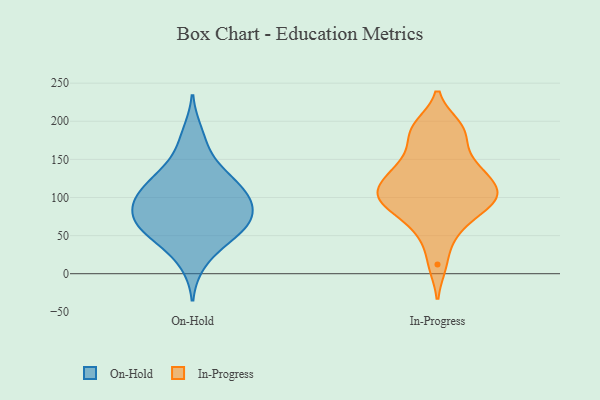
{"axis": {"x": "Satisfaction Score", "y": "Value"}, "legend": ["In-Progress", "On-Hold"], "data": [{"x": "", "y": 131, "type": "On-Hold"}, {"x": "", "y": 85, "type": "On-Hold"}, {"x": "", "y": 185, "type": "On-Hold"}, {"x": "", "y": 110, "type": "On-Hold"}, {"x": "", "y": 55, "type": "On-Hold"}, {"x": "", "y": 62, "type": "On-Hold"}, {"x": "", "y": 14, "type": "On-Hold"}, {"x": "", "y": 110, "type": "On-Hold"}, {"x": "", "y": 160, "type": "On-Hold"}, {"x": "", "y": 94, "type": "On-Hold"}, {"x": "", "y": 60, "type": "On-Hold"}, {"x": "", "y": 38, "type": "On-Hold"}, {"x": "", "y": 64, "type": "On-Hold"}, {"x": "", "y": 127, "type": "On-Hold"}, {"x": "", "y": 119, "type": "On-Hold"}, {"x": "", "y": 85, "type": "On-Hold"}, {"x": "", "y": 56, "type": "On-Hold"}, {"x": "", "y": 85, "type": "On-Hold"}, {"x": "", "y": 92, "type": "On-Hold"}, {"x": "", "y": 165, "type": "In-Progress"}, {"x": "", "y": 183, "type": "In-Progress"}, {"x": "", "y": 134, "type": "In-Progress"}, {"x": "", "y": 102, "type": "In-Progress"}, {"x": "", "y": 92, "type": "In-Progress"}, {"x": "", "y": 193, "type": "In-Progress"}, {"x": "", "y": 85, "type": "In-Progress"}, {"x": "", "y": 105, "type": "In-Progress"}, {"x": "", "y": 136, "type": "In-Progress"}, {"x": "", "y": 124, "type": "In-Progress"}, {"x": "", "y": 50, "type": "In-Progress"}, {"x": "", "y": 194, "type": "In-Progress"}, {"x": "", "y": 106, "type": "In-Progress"}, {"x": "", "y": 109, "type": "In-Progress"}, {"x": "", "y": 91, "type": "In-Progress"}, {"x": "", "y": 12, "type": "In-Progress"}, {"x": "", "y": 65, "type": "In-Progress"}, {"x": "", "y": 142, "type": "In-Progress"}]}